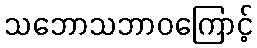
သဘောသဘာဝကြောင့်